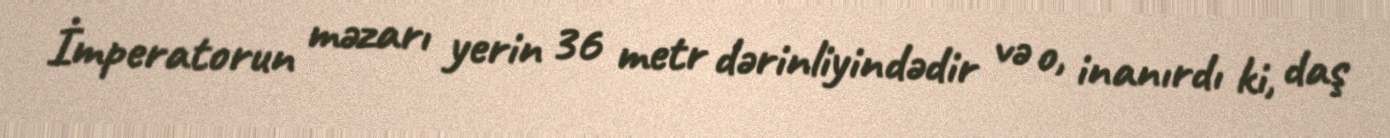
İmperatorun məzarı yerin 36 metr dərinliyindədir və o, inanırdı ki, daş